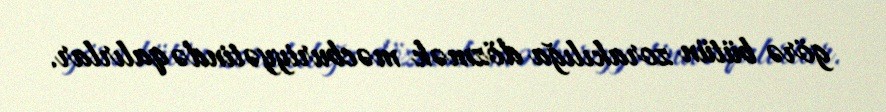
görə bütün zorakılığa dözmək məcburiyyətində qalırlar.